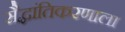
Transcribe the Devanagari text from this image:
सैद्धांतिकरणाला